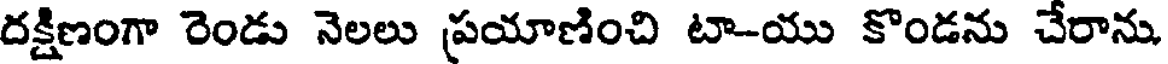
దక్షిణంగా రెండు నెలలు ప్రయాణించి టా-యు కొండను చేరాను